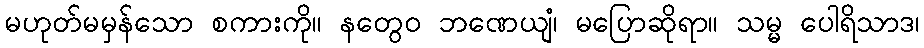
မဟုတ်မမှန်သော စကားကို။ နတွေဝ ဘဏေယျံ၊ မပြောဆိုရာ။ သမ္မ ပေါရိသာဒ၊